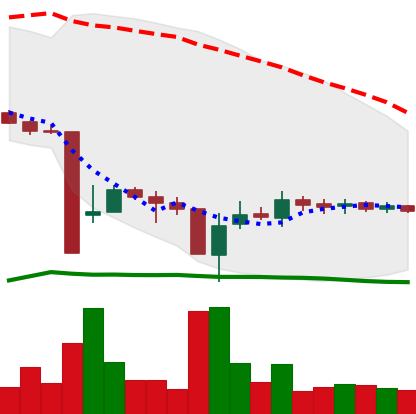
Ticker: BTC-USD
Chart end date: 2015-09-03
Forward return: 7.229%
Label: up_7plus